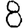
Digit: 8